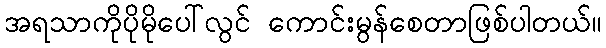
အရသာကိုပိုမိုပေါ်လွင် ကောင်းမွန်စေတာဖြစ်ပါတယ်။